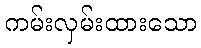
ကမ်းလှမ်းထားသော